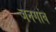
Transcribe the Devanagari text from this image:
जनगांव